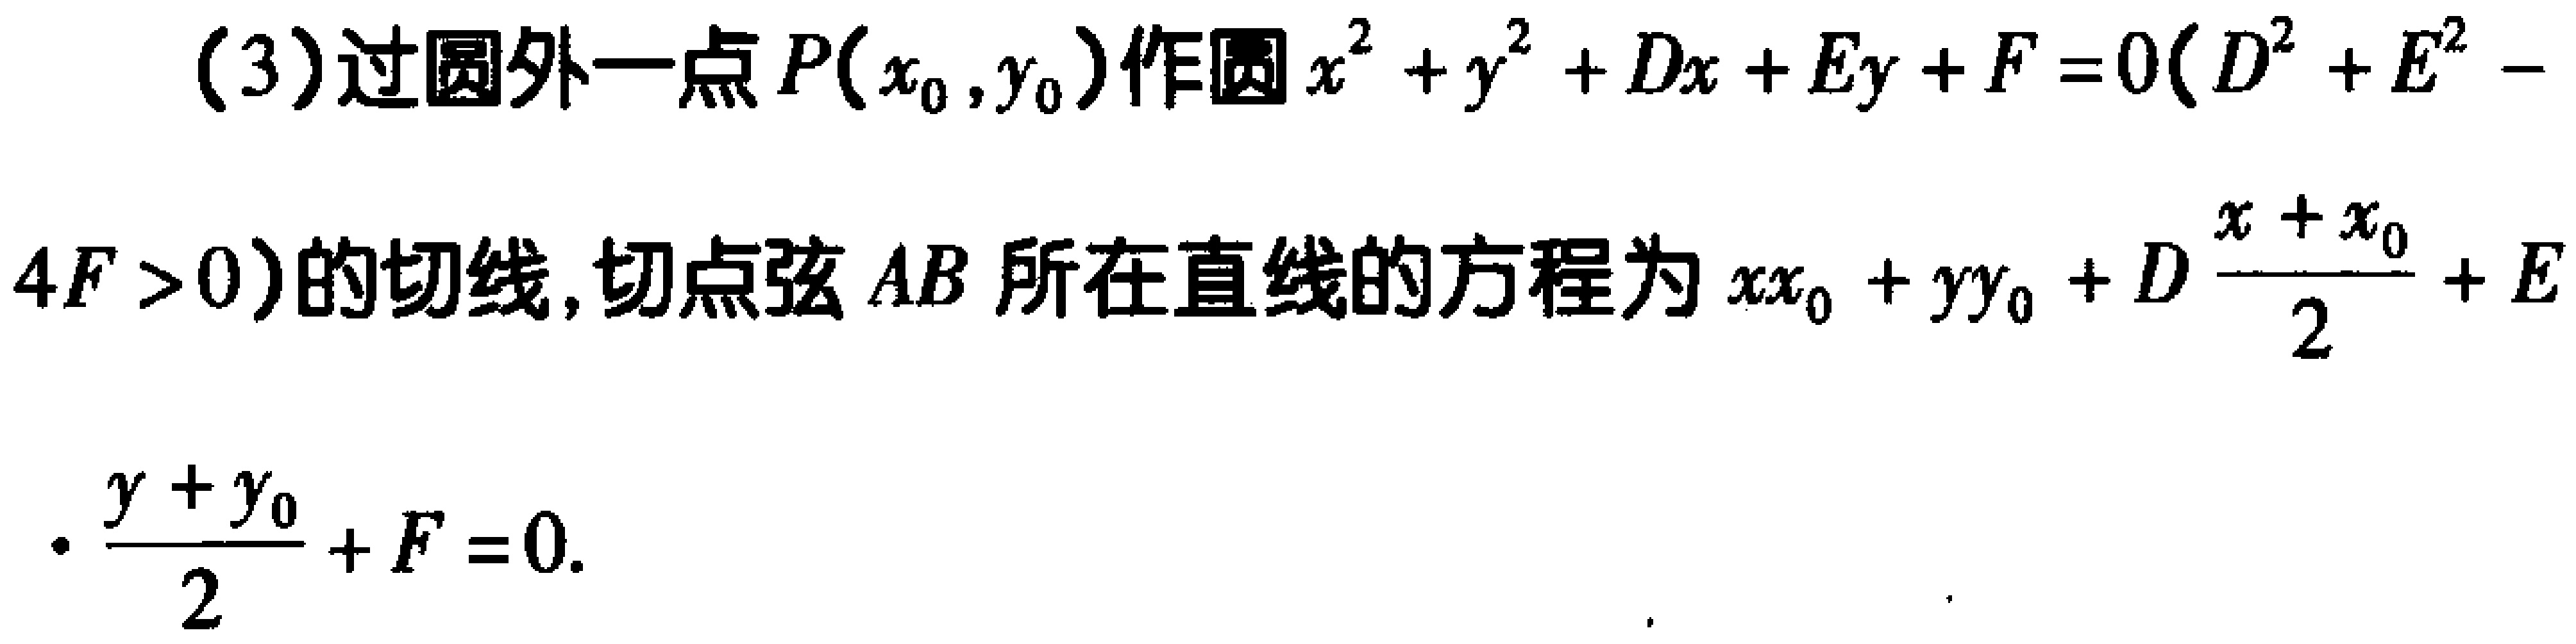
(3)过圆外一点$P(x_0,y_0)$作圆$x^{2}+y^{2}+Dx + Ey+F = 0(D^{2}+E^{2}-4F>0)$的切线,切点弦$AB$所在直线的方程为$xx_0+yy_0+D\frac{x + x_0}{2}+E\cdot\frac{y + y_0}{2}+F = 0$.